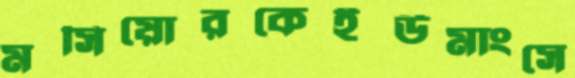
মসিয়োরকেইউমাংসে